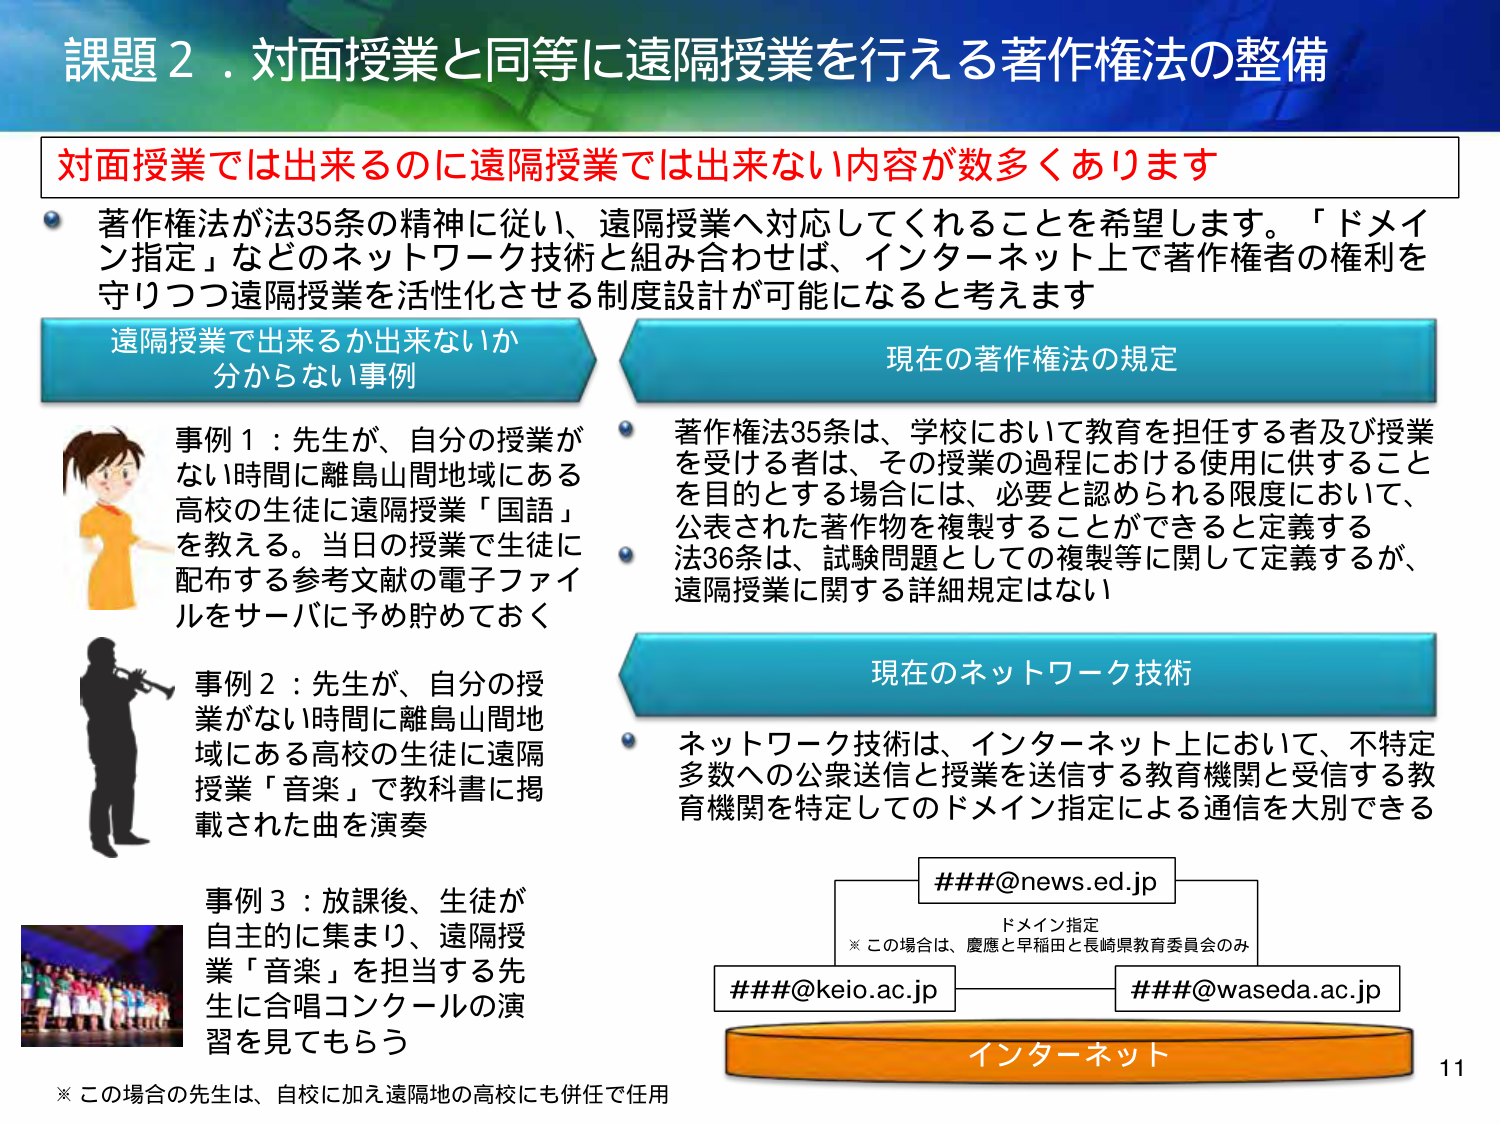
課題２．対面授業と同等に遠隔授業を行える著作権法の整備

対面授業では出来るのに遠隔授業では出来ない内容が数多くあります

著作権法が法35条の精神に従い、遠隔授業へ対応してくれることを希望します。「ドメイン指定」などのネットワーク技術と組み合わせば、インターネット上で著作権者の権利を守りつつ遠隔授業を活性化させる制度設計が可能になると考えます

遠隔授業で出来るか出来ないか分からないう事例

事例１：先生が、自分の授業がない時間に離島山間地域にある高校の生徒に遠隔授業「国語」を教える。当日の授業で生徒に配布する参考文献の電子ファイルをサーバに予め貯めておく

事例２：先生が、自分の授業がない時間に離島山間地域にある高校の生徒に遠隔授業「音楽」で教科書に掲載された曲を演奏

事例３：放課後、生徒が自主的に集まり、遠隔授業「音楽」を担当する先生に合唱コンクールの演習を見てもらう

※この場合の先生は、自校に加え遠隔地の高校にも併任で任用

現在の著作権法の規定

著作権法35条は、学校において教育を担当する者及び授業を受ける者は、その授業の過程における使用に供することを目的とする場合には、必要と認められる限度において、公表された著作物を複製することができるとう定義する

法36条は、試験問題としての複製等に関して定義するが、遠隔授業に関する詳細規定はない

現在のネットワーク技術

ネットワーク技術は、インターネット上において、不特定多数への公衆送信と授業を送信する教育機関と受信する教育機関を特定してのドメイン指定による通信を大別できる

###@news.ed.jp

ドメイン指定
※この場合は、慶應と早稲田と長崎県教育委員会のみ

###@keio.ac.jp

###@waseda.ac.jp

インターネット

11